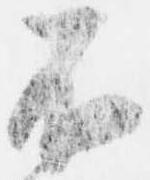
不